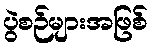
ပွဲစဉ်များအဖြစ်